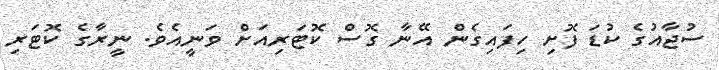
ސުޖާއުގެ ކުޑަ ފޮށި ހިފައިގެން އޭނާ ގޮސް ކޮޓަރިއަށް ވަނީއެވެ. ނީރާގެ ކޮޓަރި